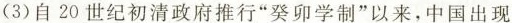
(3)自20世纪初清政府推行”癸卯学制”以来，中国出现